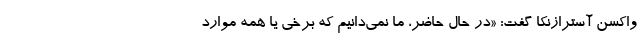
واکسن آسترازنکا گفت: «در حال حاضر، ما نمی‌‌دانیم که برخی یا همه موارد